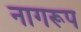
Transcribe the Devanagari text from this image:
नागरूप